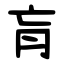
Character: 肓